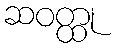
ဆဝတ္ထု